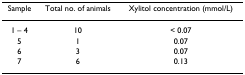
<table><thead><tr><td><b>Sample</b></td><td><b>Total no. of animals</b></td><td><b>Xylitol concentration (mmol/L)</b></td></tr></thead><tbody><tr><td>1 – 4</td><td>10</td><td>&lt; 0.07</td></tr><tr><td>5</td><td>1</td><td>0.07</td></tr><tr><td>6</td><td>3</td><td>0.07</td></tr><tr><td>7</td><td>6</td><td>0.13</td></tr></tbody></table>